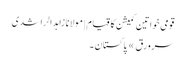
قومی خواتین کمیشن کا قیام | مولانا زاہد الراشدی
سرورق » پاکستان ۔